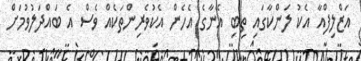
އަޒްލިފްއާ އެކު ލަންކާގައި ތިބި އޭނާގެ އެހެން އެކުވެރިންތަކެއް ވެސް އެ ބައްދަލުވުމަށް